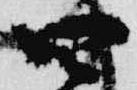
四